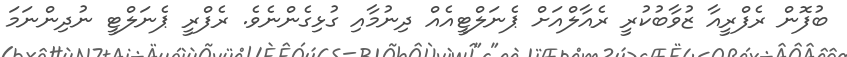
ބުފޮން ރެފްރީއާ ޒުވާބުކުރީ ރެއާލްއަށް ޕެނަލްޓީއެއް ދިނުމާއި ގުޅިގެންނެވެ. ރެފްރީ ޕެނަލްޓީ ނުދިންނަމަ